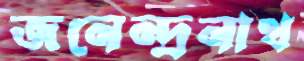
জনেন্দ্রনাথ